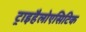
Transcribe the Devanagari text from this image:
ट्राइहैलोएसिटिक